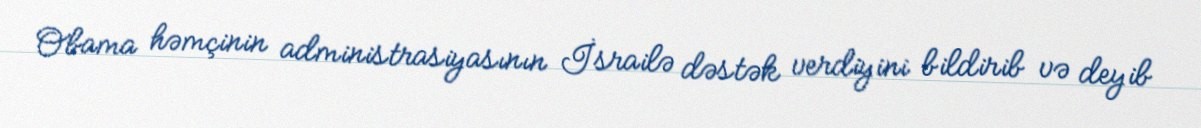
Obama həmçinin administrasiyasının İsrailə dəstək verdiyini bildirib və deyib